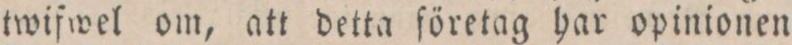
twifwel om, att detta företag har opinionen